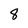
Character: 8